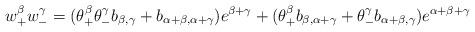
LaTeX: \begin{align*}w^\beta_+ w^\gamma_- = ( \theta^\beta_+ \theta^\gamma_- b_{\beta,\gamma} + b_{\alpha+\beta, \alpha+\gamma})e^{\beta+\gamma} + (\theta^\beta_+ b_{\beta, \alpha + \gamma} + \theta^\gamma_- b_{\alpha+\beta, \gamma})e^{\alpha+\beta+\gamma}\end{align*}